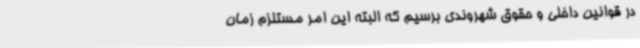
در قوانین داخلی و حقوق شهروندی برسیم که البته این امر مستلزم زمان